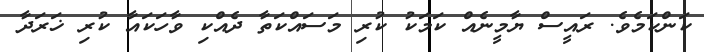
ކަންކަމެވެ. ރައީސް ޔާމީނެއް ކަމަކު ކުރި މަސައްކަތާ ދެއްކި ވާހަކައާ ކުރި ޚަރަދާ